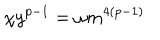
\chi y ^ { p - 1 } = \omega m ^ { 4 ( p - 1 ) }